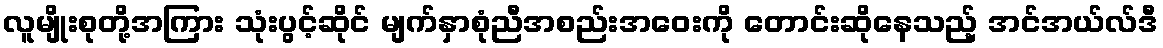
လူမျိုးစုတို့အကြား သုံးပွင့်ဆိုင် မျက်နှာစုံညီအစည်းအဝေးကို တောင်းဆိုနေသည့် အင်အယ်လ်ဒီ